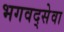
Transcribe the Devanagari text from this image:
भगवद्सेवा